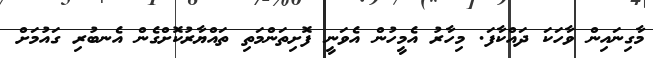
މާގިނައިން ވާހަކަ ދައްކާފަ. މިހާރު އެމީހުން އެވަނީ ފޮށިތަންމަތި ތައްޔާރުކޮށްގެން އެނބުރި ގައުމަށް